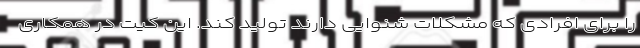
را برای افرادی که مشکلات شنوایی دارند تولید کند. این کیت در همکاری